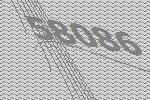
58086